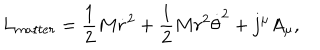
L _ { m a t t e r } = { \frac { 1 } { 2 } } M \dot { r } ^ { 2 } + { \frac { 1 } { 2 } } M r ^ { 2 } { \dot { \theta } } ^ { 2 } + j ^ { \mu } A _ { \mu } ,